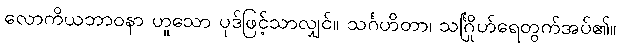
လောကိယဘာဝနာ ဟူသော ပုဒ်ဖြင့်သာလျှင်။ သင်္ဂဟိတာ၊ သင်္ဂြိုဟ်ရေတွက်အပ်၏။